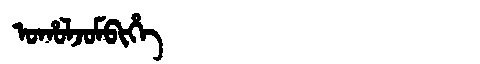
Manchu: ᠣᡥᠣᠯᠵᠣᠮᠪᡳᡥᡝ
Romanization: OHOLJOMBIHE